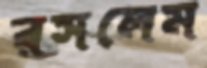
রসলেম